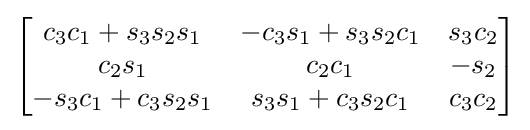
{\begin{bmatrix}c_{3}c_{1}+s_{3}s_{2}s_{1}&-c_{3}s_{1}+s_{3}s_{2}c_{1}&s_{3}c_{2}\\c_{2}s_{1}&c_{2}c_{1}&-s_{2}\\-s_{3}c_{1}+c_{3}s_{2}s_{1}&s_{3}s_{1}+c_{3}s_{2}c_{1}&c_{3}c_{2}\end{bmatrix}}